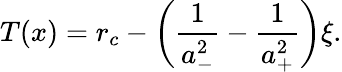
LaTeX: T(x)=r_{c}-\left(\frac{1}{a_{-}^{2}}-\frac{1}{a_{+}^{2}}\right)\xi.